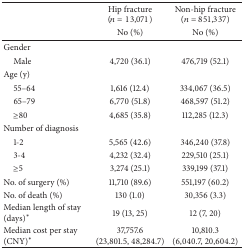
<table><thead><tr><td><b> </b></td><td><b>Hip fracture(<i>n</i> = 13,071)</b></td><td><b>Non-hip fracture(<i>n</i> = 851,337)</b></td></tr><tr><td><b> </b></td><td><b> No (%)</b></td><td><b> No (%)</b></td></tr></thead><tbody><tr><td>Gender</td><td> </td><td> </td></tr><tr><td> Male</td><td> 4,720 (36.1)</td><td> 476,719 (52.1)</td></tr><tr><td>Age (y)</td><td> </td><td> </td></tr><tr><td> 55–64</td><td> 1,616 (12.4)</td><td> 334,067 (36.5)</td></tr><tr><td> 65–79</td><td> 6,770 (51.8)</td><td> 468,597 (51.2)</td></tr><tr><td> ≥80</td><td> 4,685 (35.8)</td><td> 112,285 (12.3)</td></tr><tr><td>Number of diagnosis</td><td> </td><td> </td></tr><tr><td> 1-2</td><td> 5,565 (42.6)</td><td> 346,240 (37.8)</td></tr><tr><td> 3-4</td><td> 4,232 (32.4)</td><td> 229,510 (25.1)</td></tr><tr><td> ≥5</td><td> 3,274 (25.1)</td><td> 339,199 (37.1)</td></tr><tr><td>No. of surgery (%)</td><td>11,710 (89.6)</td><td>551,197 (60.2)</td></tr><tr><td>No. of death (%)</td><td>130 (1.0)</td><td>30,356 (3.3)</td></tr><tr><td>Median length of stay (days)*</td><td>19 (13, 25)</td><td>12 (7, 20)</td></tr><tr><td>Median cost per stay (CNY)*</td><td>37,757.6(23,801.5, 48,284.7)</td><td>10,810.3(6,040.7, 20,604.2)</td></tr></tbody></table>